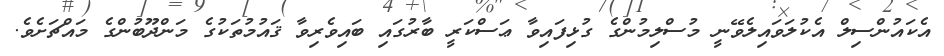
އެކައުންސިލް އެކުލަވައިލެވޭނީ މުސްލިމުންގެ ގުޅިފައިވާ ޢަސްކަރީ ބާރުގައި ބައިވެރިވާ ޤައުމުތަކުގެ މަންދޫބުންގެ މައްޗަށެވެ.